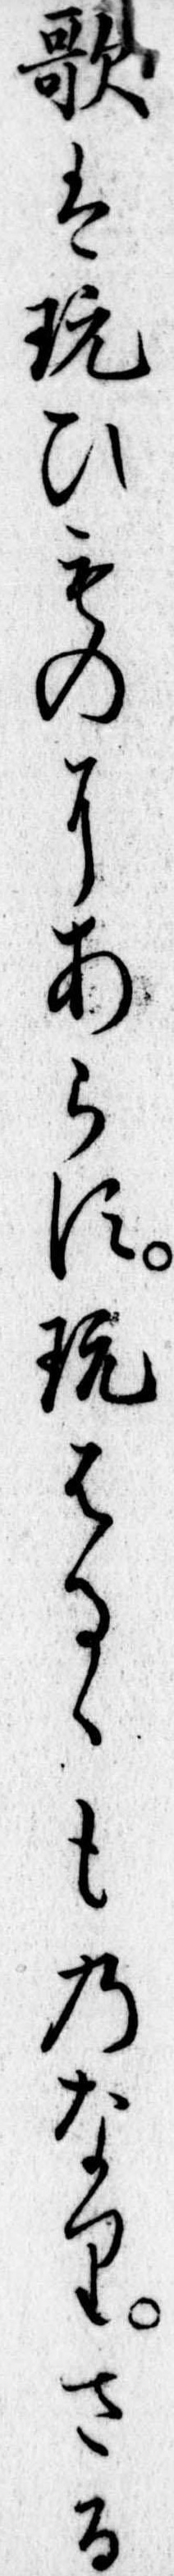
歌は玩ひものにあらす玩はるゝものなりさる